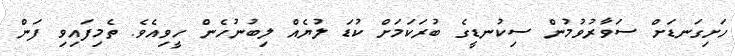
ހަށިގަނޑަށް ސަވާރުވުމުން ސިކުނޑީގެ ބުރަކަމަށް ކުޑަ ލުޔެއް ލިބުނުހެން ހީވިއެވެ. ތެމިފައިވި ފަން